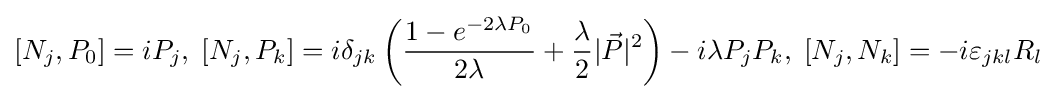
[N_{j},P_{0}]=iP_{j},\;[N_{j},P_{k}]=i\delta _{jk}\left({\frac {1-e^{-2\lambda P_{0}}}{2\lambda }}+{\frac {\lambda }{2}}|{\vec {P}}|^{2}\right)-i\lambda P_{j}P_{k},\;[N_{j},N_{k}]=-i\varepsilon _{jkl}R_{l}